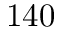
1 4 0